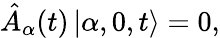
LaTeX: \hat{A}_{\alpha}(t)\left|\alpha,0,t\right>=0,